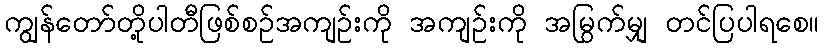
ကျွန်တော်တို့ပါတီဖြစ်စဉ်အကျဉ်းကို အကျဉ်းကို အမြွက်မျှ တင်ပြပါရစေ။